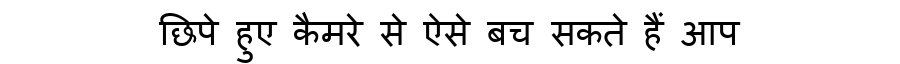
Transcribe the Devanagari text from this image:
छिपे हुए कैमरे से ऐसे बच सकते हैं आप